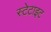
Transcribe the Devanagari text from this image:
स्टेटाइट